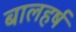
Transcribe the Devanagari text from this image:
बालहर्ष